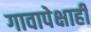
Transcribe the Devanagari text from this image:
गावापेक्षाही